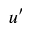
u ^ { \prime }